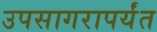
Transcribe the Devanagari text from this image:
उपसागरापर्यंत